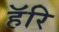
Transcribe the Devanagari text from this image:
हॅरि